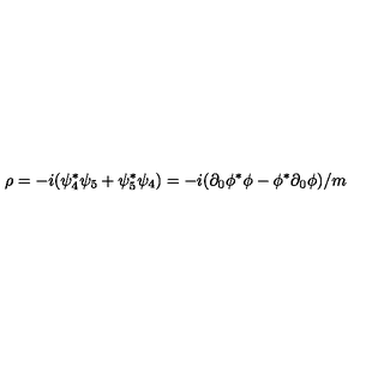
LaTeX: \rho = - i ( \psi _ { 4 } ^ { * } \psi _ { 5 } + \psi _ { 5 } ^ { * } \psi _ { 4 } ) = - i ( \partial _ { 0 } \phi ^ { * } \phi - \phi ^ { * } \partial _ { 0 } \phi ) / m